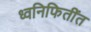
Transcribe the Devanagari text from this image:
ध्वनिफितींत